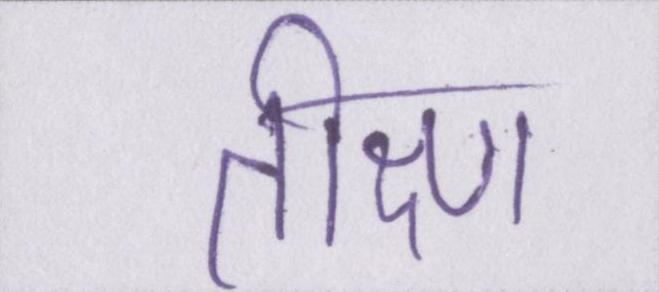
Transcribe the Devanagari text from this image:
तीक्ष्ण